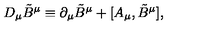
D _ { \mu } \tilde { B } ^ { \mu } \equiv \partial _ { \mu } \tilde { B } ^ { \mu } + [ A _ { \mu } , \tilde { B } ^ { \mu } ] ,